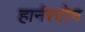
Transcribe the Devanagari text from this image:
हार्नस्टोन